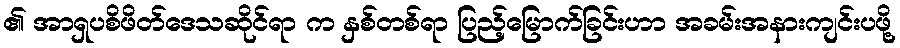
၏ အာရှပစိဖိတ်ဒေသဆိုင်ရာ က နှစ်တစ်ရာ ပြည့်မြောက်ခြင်းဟာ အခမ်းအနားကျင်းပဖို့